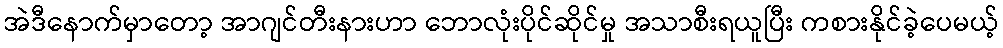
အဲဒီနောက်မှာတော့ အာဂျင်တီးနားဟာ ဘောလုံးပိုင်ဆိုင်မှု အသာစီးရယူပြီး ကစားနိုင်ခဲ့ပေမယ့်